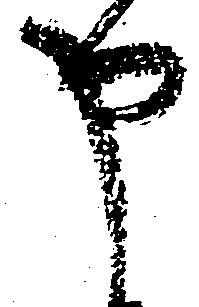
申